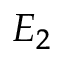
E _ { 2 }